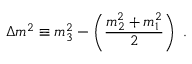
\Delta m ^ { 2 } \equiv m _ { 3 } ^ { 2 } - \left( \frac { m _ { 2 } ^ { 2 } + m _ { 1 } ^ { 2 } } { 2 } \right) ~ .